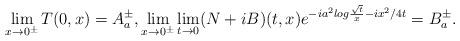
LaTeX: \begin{align*}\lim_{x\rightarrow 0^{\pm}}T(0,x) = A^{\pm}_{a},\lim_{x\rightarrow 0^{\pm}}\lim_{t\rightarrow 0}(N+iB)(t,x)e^{-ia^{2}log \frac{\sqrt{t}}{x}-ix^{2}/4t}=B^{\pm}_{a}.\end{align*}